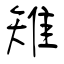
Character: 雉